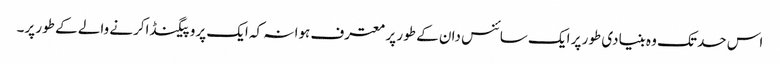
اس حد تک وہ بنیادی طور پر ایک سائنس دان کے طور پر معترف ہوا نہ کہ ایک پروپیگنڈاکرنے والے کے طور پر۔